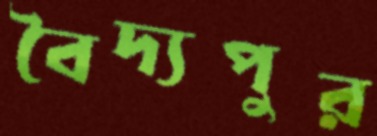
বৈদ্যপুর